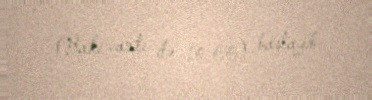
(Bakı vaxtı ilə 10.00) başlayıb.